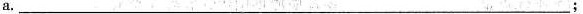
a.___;